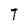
Character: T